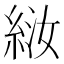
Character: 𫃤